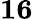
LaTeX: \mathbf{16}